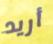
أريد